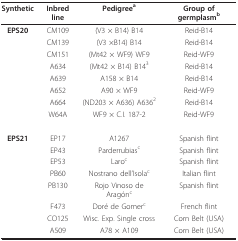
<table><thead><tr><td><b>Synthetic</b></td><td><b>Inbred line</b></td><td><b>Pedigree<sup>a</sup></b></td><td><b>Group of germplasm<sup>b</sup></b></td></tr></thead><tbody><tr><td><b>EPS20</b></td><td>CM109</td><td>(V3 × B14) B14</td><td>Reid-B14</td></tr><tr><td></td><td>CM139</td><td>(V3 ×B14) B14</td><td>Reid-B14</td></tr><tr><td></td><td>CM151</td><td>(Mt42 × WF9) WF9</td><td>Reid-WF9</td></tr><tr><td></td><td>A634</td><td>(Mt42 × B14) B14<sup>3</sup></td><td>Reid-B14</td></tr><tr><td></td><td>A639</td><td>A158 × B14</td><td>Reid-B14</td></tr><tr><td></td><td>A652</td><td>A90 × WF9</td><td>Reid-WF9</td></tr><tr><td></td><td>A664</td><td>(ND203 × A636) A636<sup>2</sup></td><td>Reid-B14</td></tr><tr><td></td><td>W64A</td><td>WF9 × C.I. 187-2</td><td>Reid-WF9</td></tr><tr><td><b>EPS21</b></td><td>EP17</td><td>A1267</td><td>Spanish flint</td></tr><tr><td></td><td>EP43</td><td>Parderrubias<sup>c</sup></td><td>Spanish flint</td></tr><tr><td></td><td>EP53</td><td>Laro<sup>c</sup></td><td>Spanish flint</td></tr><tr><td></td><td>PB60</td><td>Nostrano dell&#x27;Isola<sup>c</sup></td><td>Italian flint</td></tr><tr><td></td><td>PB130</td><td>Rojo Vinoso de Aragón<sup>c</sup></td><td>Spanish flint</td></tr><tr><td></td><td>F473</td><td>Doré de Gomer<sup>c</sup></td><td>French flint</td></tr><tr><td></td><td>CO125</td><td>Wisc. Exp. Single cross</td><td>Corn Belt (USA)</td></tr><tr><td></td><td>A509</td><td>A78 × A109</td><td>Corn Belt (USA)</td></tr></tbody></table>